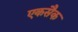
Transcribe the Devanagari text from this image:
एकसैक